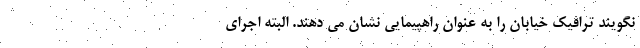
نگویند ترافیک خیابان را به عنوان راهپیمایی نشان می دهند. البته اجرای